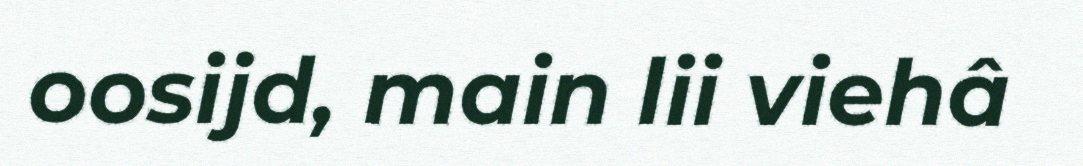
oosijd, main lii viehâ